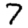
Digit: 7